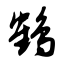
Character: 鹤